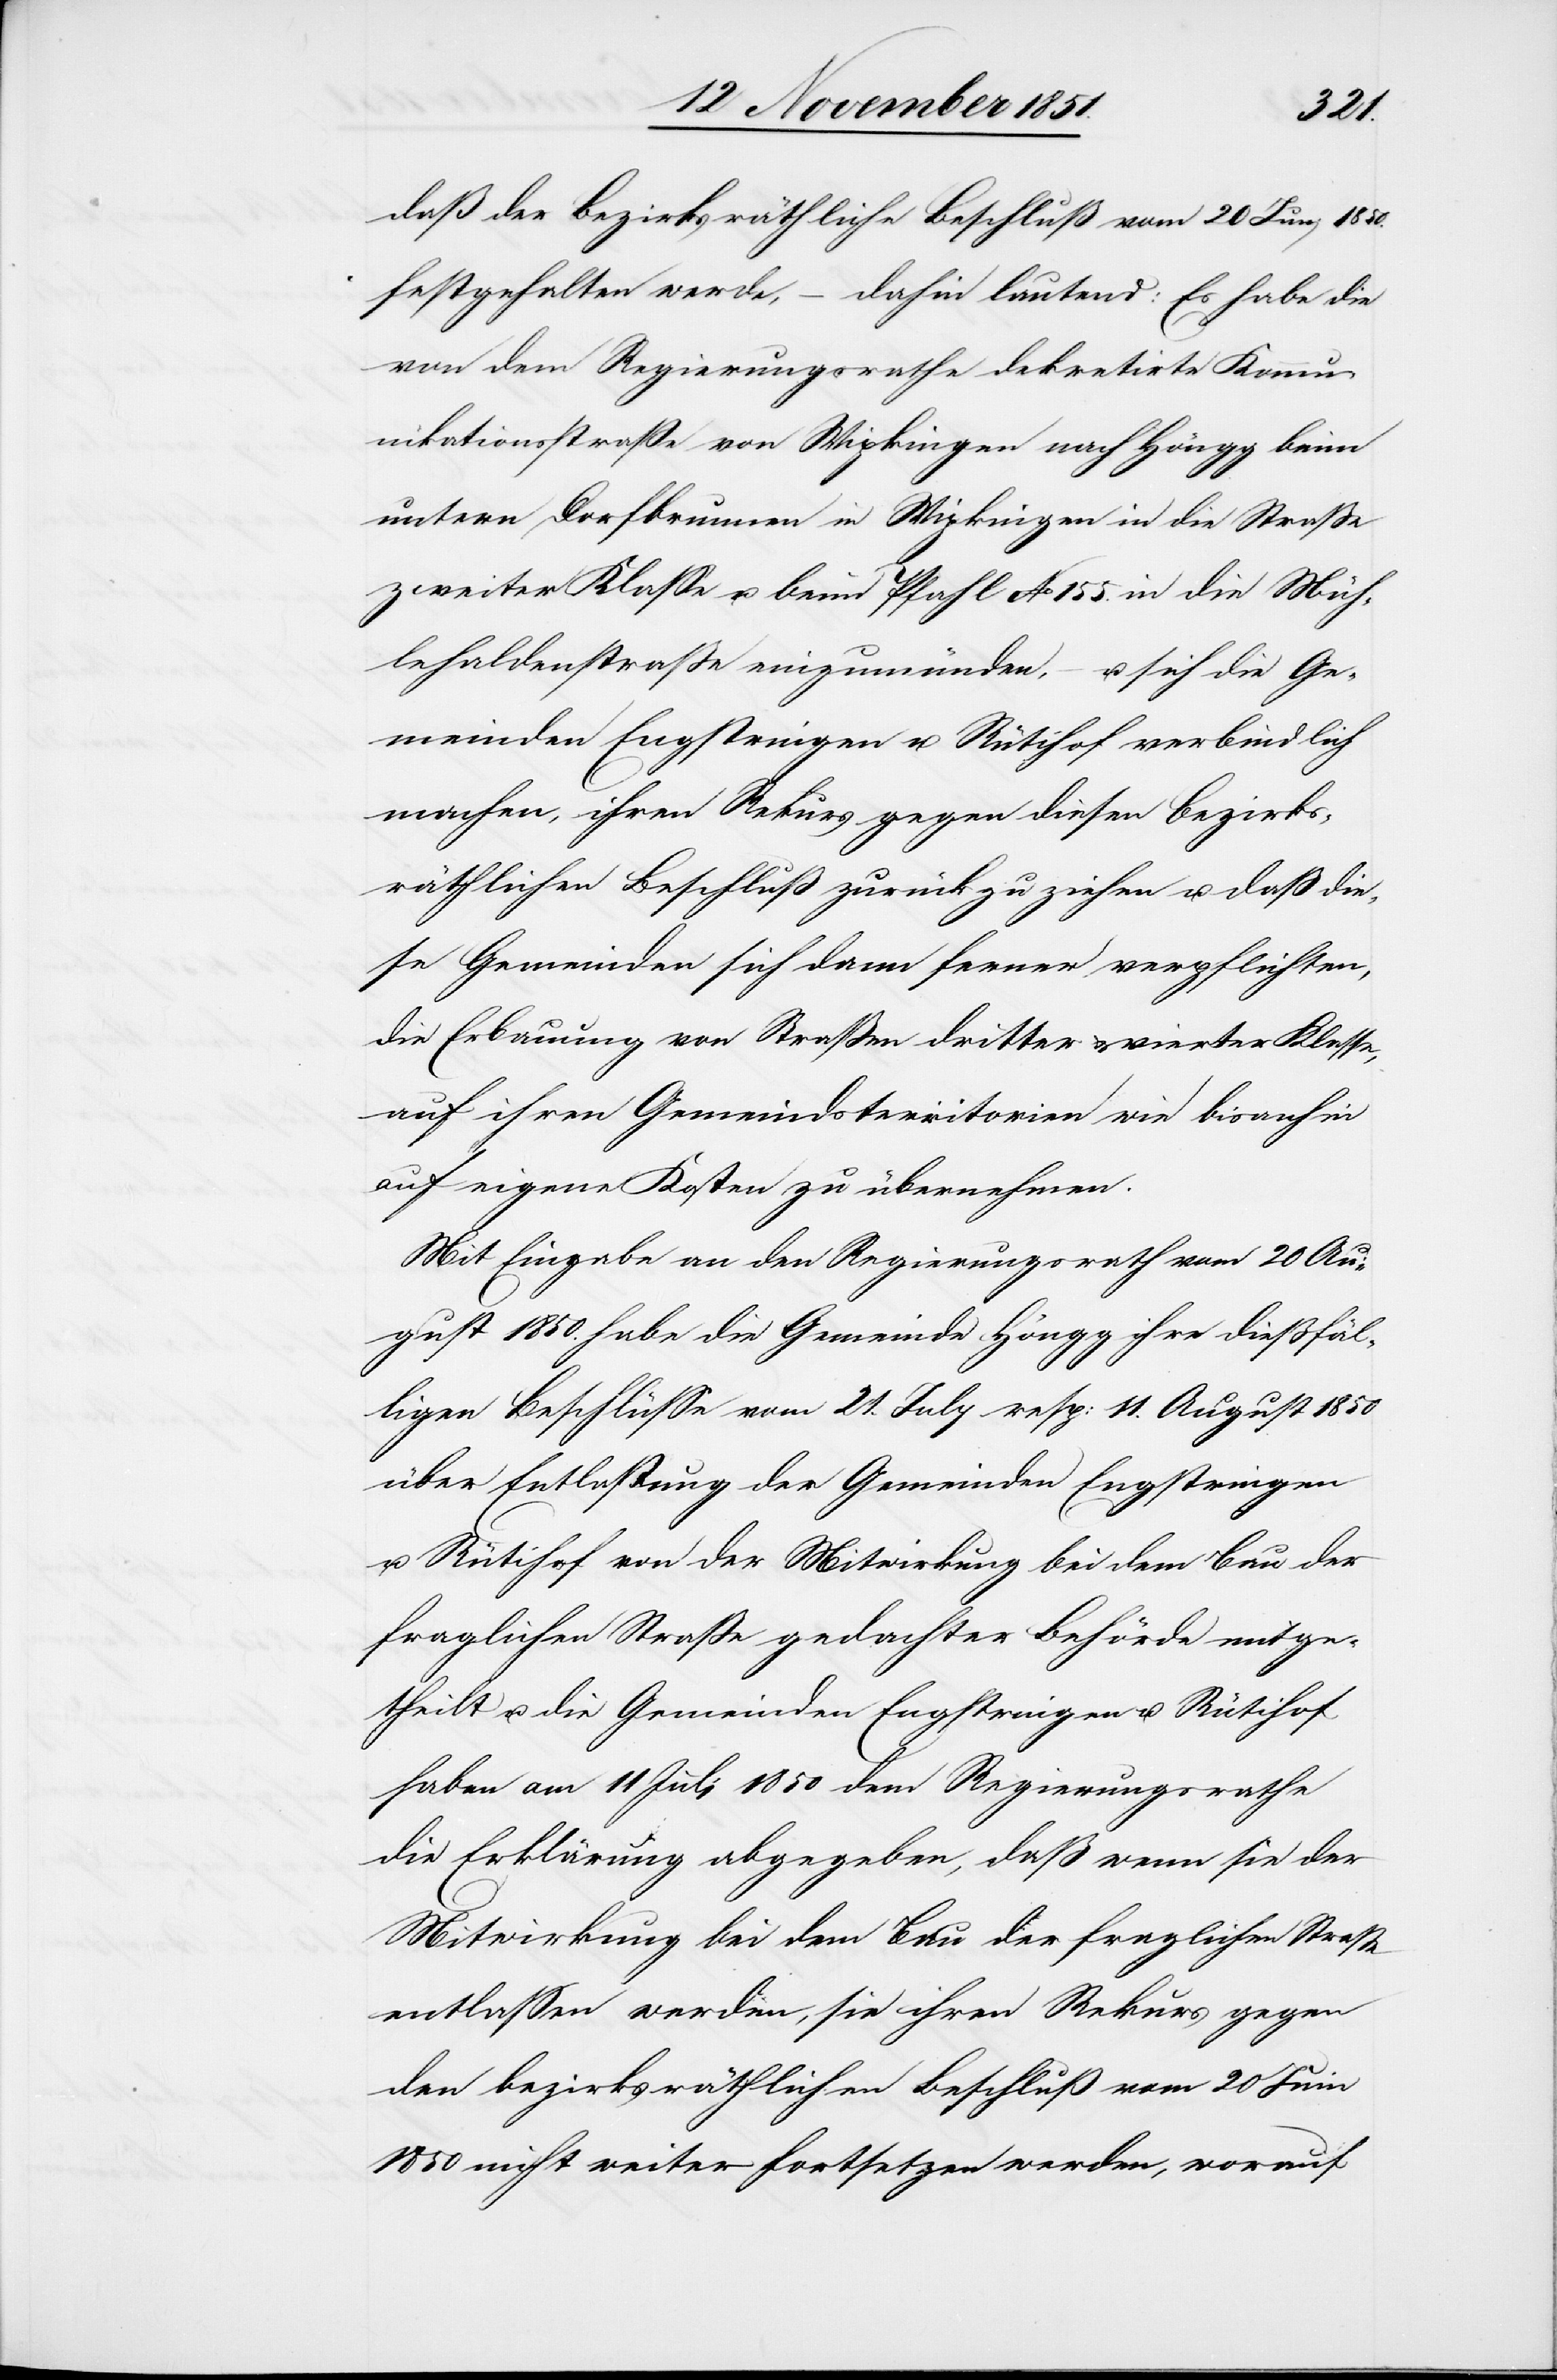
1850.
festgehalten werde, – dahin lautend: Es habe die
von dem Regierungsrathe dekretirte Kommu¬
nikationsstraße von Wipkingen nach Höngg beim
untern Dorfbrunnen in Wipkingen in die Straße
zweiter Klasse u. beim Pfahl No 155. in die Müh¬
lehaldenstraße einzumünden, – u. sich die Ge¬
meinden Engstringen u. Rütihof verbindlich
machen, ihren Rekurs gegen diesen bezirks¬
räthlichen Beschluß zurückzuziehen u. daß die¬
se Gemeinden sich dann ferner verpflichten,
die Erbauung von Straßen dritter & vierter Klasse,
auf ihren Gemeindsterritorien wie bisanhin
auf eigene Kosten zu übernehmen.
Mit Eingabe an den Regierungsrath vom 20 Au¬
gust 1850. habe die Gemeinde Höngg ihre dießfäl¬
ligen Beschlüsse vom 21. July resp: 11. August 1850
über Entlassung der Gemeinden Engstringen
u. Rütihof von der Mitwirkung bei dem Bau der
fraglichen Straße gedachter Behörde mitge¬
theilt u. die Gemeinden Engstringen u. Rütihof
haben am 11 Juli 1850 dem Regierungsrathe
die Erklärung abgegeben, daß wenn sie der
Mitwirkung bei dem Bau der fraglichen Straße
entlassen werden, sie ihren Rekurs gegen
den bezirksräthlichen Beschluß vom 20 Juni
1850 nicht weiter fortsetzen werden, worauf